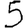
Digit: 5